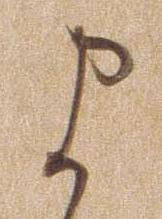
ま